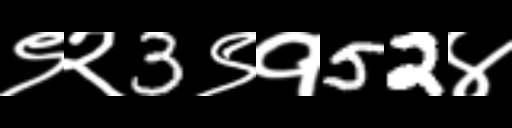
Text: ९२3९१52४